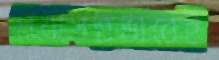
প্রথাগতভাবেই